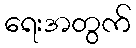
ရေးအတွက်